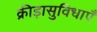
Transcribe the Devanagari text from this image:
क्रीड़ासुविधाएँ